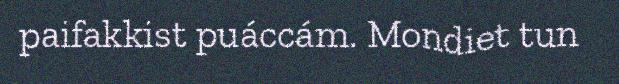
paifakkist puáccám. Mondiet tun